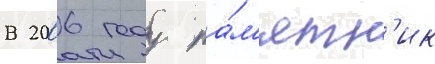
В 2006 году па́м'ятн'ик